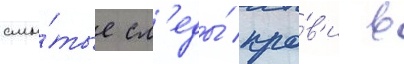
смы́тые сл'еды́ кро́в'и в